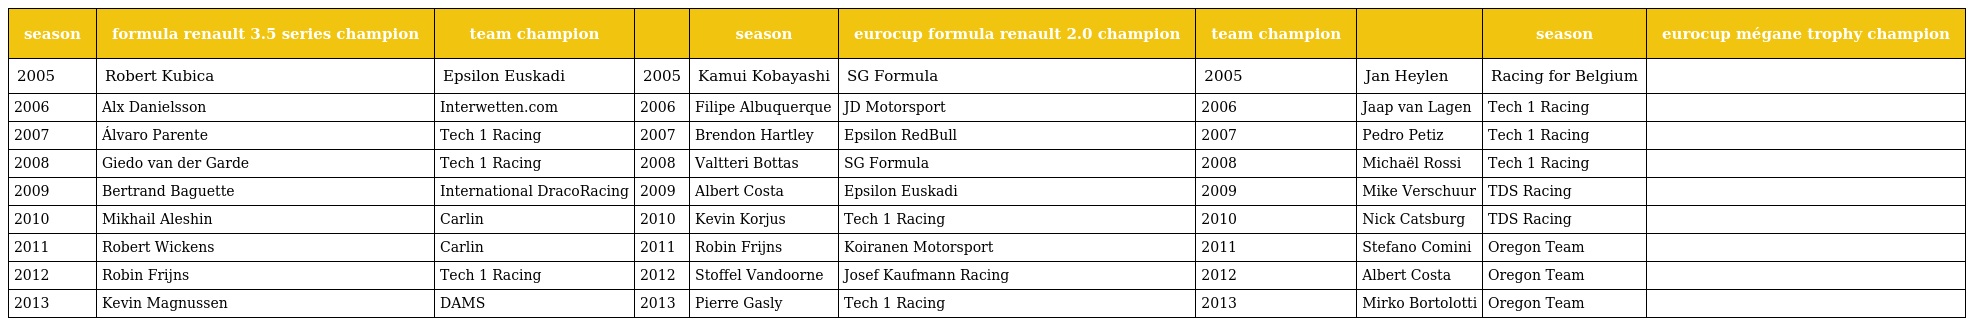
| season | formula renault 3.5 series champion | team champion |  | season | eurocup formula renault 2.0 champion | team champion |  | season | eurocup mégane trophy champion |
 | --- | --- | --- | --- | --- | --- | --- | --- | --- | --- |
 | 2005 | Robert Kubica | Epsilon Euskadi | 2005 | Kamui Kobayashi | SG Formula | 2005 | Jan Heylen | Racing for Belgium |  |
 | 2006 | Alx Danielsson | Interwetten.com | 2006 | Filipe Albuquerque | JD Motorsport | 2006 | Jaap van Lagen | Tech 1 Racing |  |
 | 2007 | Álvaro Parente | Tech 1 Racing | 2007 | Brendon Hartley | Epsilon RedBull | 2007 | Pedro Petiz | Tech 1 Racing |  |
 | 2008 | Giedo van der Garde | Tech 1 Racing | 2008 | Valtteri Bottas | SG Formula | 2008 | Michaël Rossi | Tech 1 Racing |  |
 | 2009 | Bertrand Baguette | International DracoRacing | 2009 | Albert Costa | Epsilon Euskadi | 2009 | Mike Verschuur | TDS Racing |  |
 | 2010 | Mikhail Aleshin | Carlin | 2010 | Kevin Korjus | Tech 1 Racing | 2010 | Nick Catsburg | TDS Racing |  |
 | 2011 | Robert Wickens | Carlin | 2011 | Robin Frijns | Koiranen Motorsport | 2011 | Stefano Comini | Oregon Team |  |
 | 2012 | Robin Frijns | Tech 1 Racing | 2012 | Stoffel Vandoorne | Josef Kaufmann Racing | 2012 | Albert Costa | Oregon Team |  |
 | 2013 | Kevin Magnussen | DAMS | 2013 | Pierre Gasly | Tech 1 Racing | 2013 | Mirko Bortolotti | Oregon Team |  |